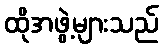
ထိုအဖွဲ့များသည်